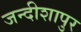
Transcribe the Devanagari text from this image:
जन्दीशापुर